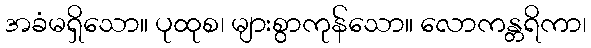
အခံမရှိသော။ ပုထုစ၊ များစွာကုန်သော။ လောကန္တရိကာ၊